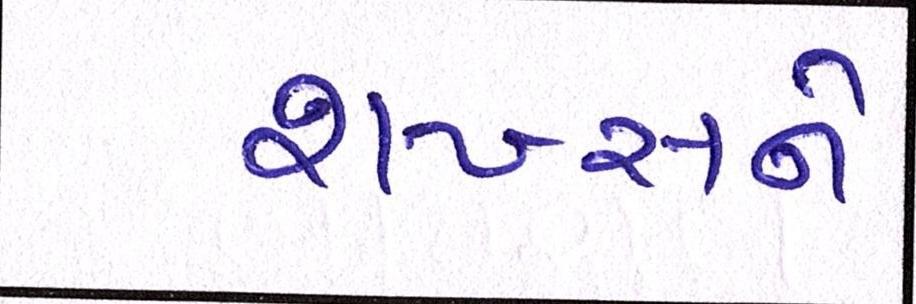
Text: શખ્સને